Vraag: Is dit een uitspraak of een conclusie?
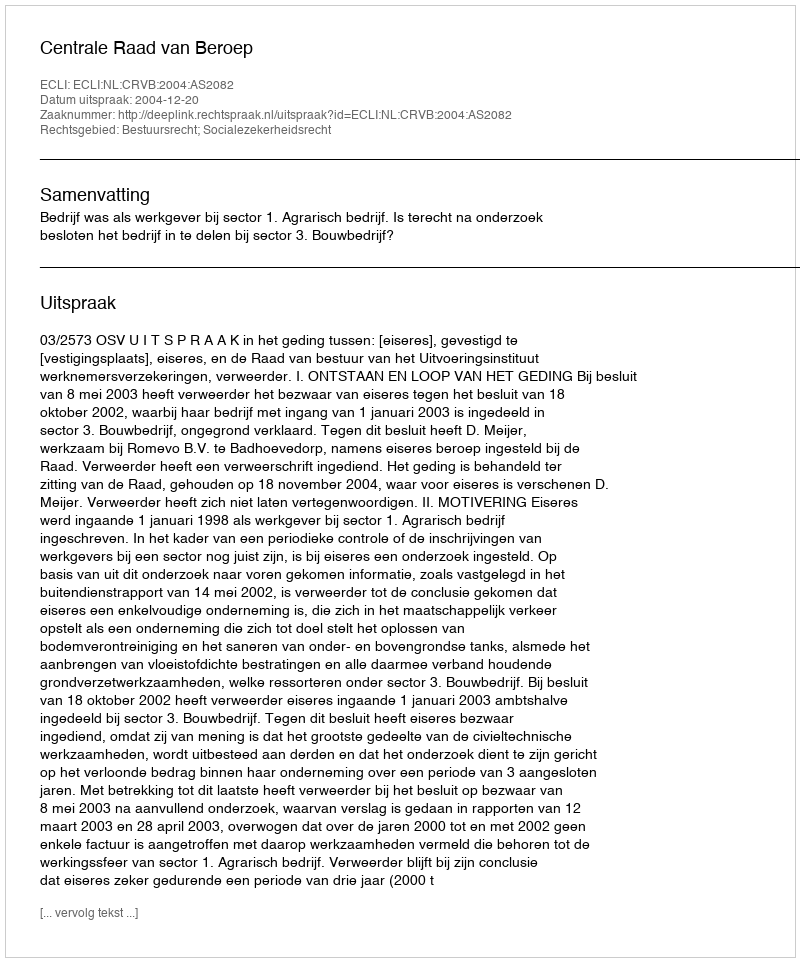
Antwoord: Uitspraak